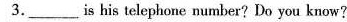
3.___ is his telephone mumber? Do you know?